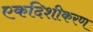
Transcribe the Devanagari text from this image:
एकदिशीकरण